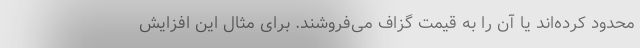
محدود کرده‌اند یا آن را به قیمت گزاف می‌فروشند. برای مثال این افزایش